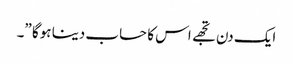
ایک دن تجھے اس کا حساب دینا ہوگا ”۔